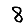
Digit: 8